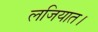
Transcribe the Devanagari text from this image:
लजियात।